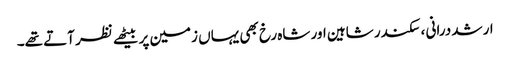
ارشد درانی ، سکندر شاہین اور شاہ رخ بھی یہاں زمین پر بیٹھے نظر آتے تھے۔